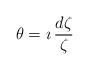
LaTeX: \begin{align*} \theta=\imath \, \frac{d\zeta}{\zeta}\end{align*}